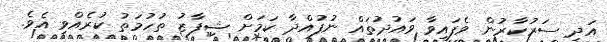
އަދި ސަރުކާރުން ވެފައިވާ ވައުދުތައް ނުފުއްދާ ކަމަށް ޝިފާޒު ތުހުމަތު ކުރެއްވި އެވެ.